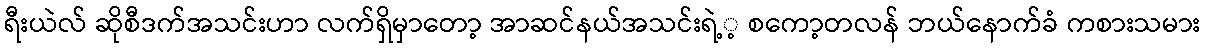
ရီးယဲလ် ဆိုစီဒက်အသင်းဟာ လက်ရှိမှာတော့ အာဆင်နယ်အသင်းရဲ့့ စကော့တလန် ဘယ်နောက်ခံ ကစားသမား